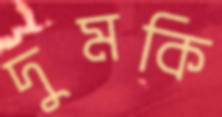
দুমকি